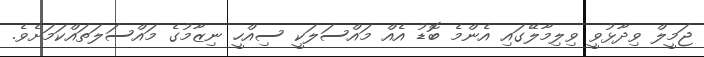
ޖަމީލް ވިދާޅުވީ ވިލިމާލޭގައި އެންމެ ބޮޑު އެއް މައްސަލަކީ ސިއްހީ ނިޒާމުގެ މައްސަލަތައްކަމަށެވެ.